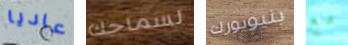
عاديا لسماحك بنيويورك مع